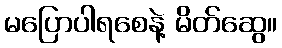
မပြောပါရစေနဲ့ မိတ်ဆွေ။